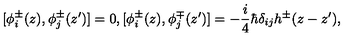
[ \phi _ { i } ^ { \pm } ( z ) , \phi _ { j } ^ { \pm } ( z ^ { \prime } ) ] = 0 , [ \phi _ { i } ^ { \pm } ( z ) , \phi _ { j } ^ { \mp } ( z ^ { \prime } ) ] = - \frac { i } { 4 } \hbar \delta _ { i j } h ^ { \pm } ( z - z ^ { \prime } ) ,